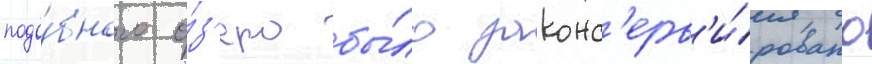
подо́бного о́з'еро бы́ло законс'ерв'и́ровано